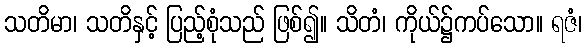
သတိမာ၊ သတိနှင့် ပြည့်စုံသည် ဖြစ်၍။ သိတံ၊ ကိုယ်၌ကပ်သော။ ရဇံ၊